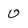
Character: 0